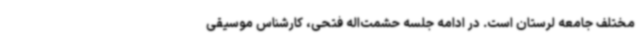
مختلف جامعه لرستان است. در ادامه جلسه حشمت‌اله فتحی، کارشناس موسیقی